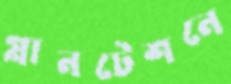
প্লানটেশনে